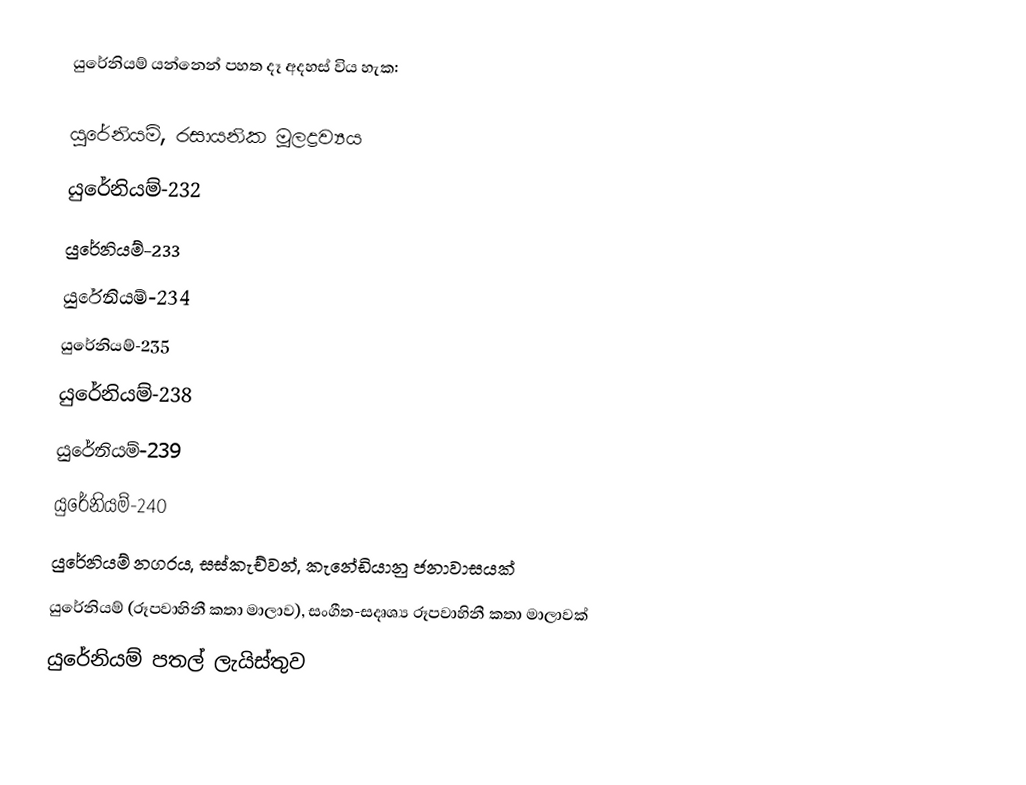
යුරේනියම් යන්නෙන් පහත දෑ අදහස් විය හැක:

 යුරේනියම්, රසායනික මූලද්‍රව්‍යය
 යුරේනියම්-232
 යුරේනියම්-233
 යුරේනියම්-234
 යුරේනියම්-235
 යුරේනියම්-238
 යුරේනියම්-239
 යුරේනියම්-240
 යුරේනියම් නගරය, සස්කැච්වන්, කැනේඩියානු ජනාවාසයක්
 යුරේනියම් (රූපවාහිනී කතා මාලාව), සංගීත-සදෘශ්‍ය රූපවාහිනී කතා මාලාවක්
යුරේනියම් පතල් ලැයිස්තුව